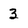
Character: 3